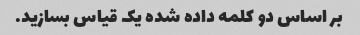
بر اساس دو کلمه داده شده یک قیاس بسازید.